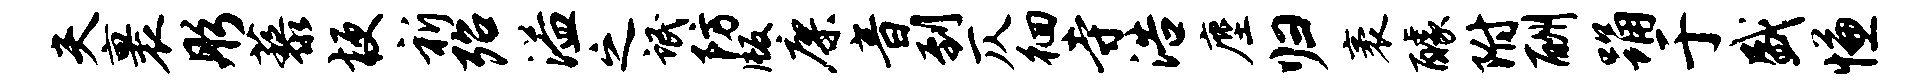
夫裹彤藜梗祈殆溢之氓防版廖音到仄徊寺浩麈归袤醵附酬踊于盛慊